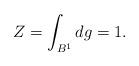
LaTeX: \begin{align*} Z = \int_{B^1} dg = 1.\end{align*}